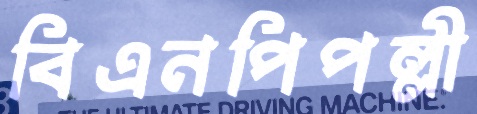
বিএনপিপল্লী